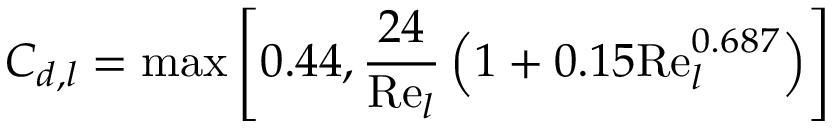
C _ { d , l } = \operatorname* { m a x } \left[ 0 . 4 4 , \frac { 2 4 } { \mathrm { R e } _ { l } } \left( 1 + 0 . 1 5 \mathrm { R e } _ { l } ^ { 0 . 6 8 7 } \right) \right]